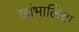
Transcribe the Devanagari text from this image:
खांभालिया